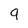
Character: 9